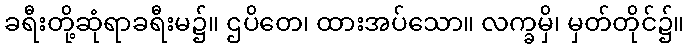
ခရီးတို့ဆုံရာခရီးမ၌။ ဌပိတေ၊ ထားအပ်သော။ လက္ခမှိ၊ မှတ်တိုင်၌။